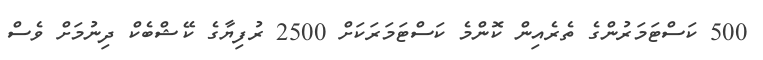
500 ކަސްޓަމަރުންގެ ތެރެއިން ކޮންމެ ކަސްޓަމަރަކަށް 2500 ރުފިޔާގެ ކޭޝްބެކް ދިނުމަށް ވެސް